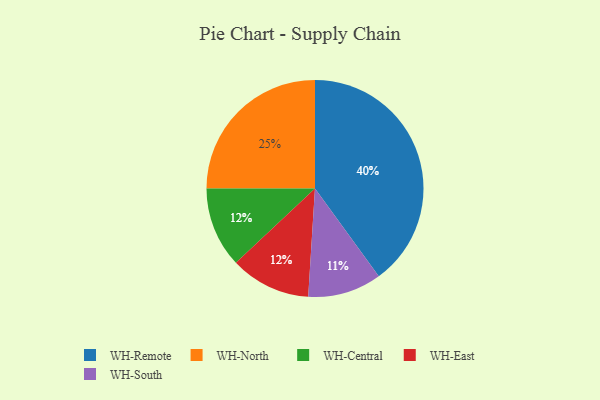
{"axis": {"x": "Category", "y": "Percentage"}, "legend": ["WH-Central", "WH-East", "WH-North", "WH-Remote", "WH-South"], "data": [{"x": "WH-Remote", "y": 40, "type": "WH-Remote"}, {"x": "WH-North", "y": 25, "type": "WH-North"}, {"x": "WH-South", "y": 11, "type": "WH-South"}, {"x": "WH-Central", "y": 12, "type": "WH-Central"}, {"x": "WH-East", "y": 12, "type": "WH-East"}]}